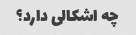
چه اشکالی دارد؟